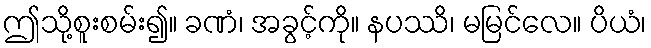
ဤသို့စူးစမ်း၍။ ခဏံ၊ အခွင့်ကို။ နပဿိ၊ မမြင်လေ။ ပိယံ၊